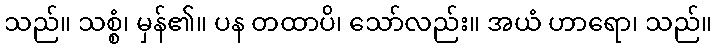
သည်။ သစ္စံ၊ မှန်၏။ ပန တထာပိ၊ သော်လည်း။ အယံ ဟာရော၊ သည်။